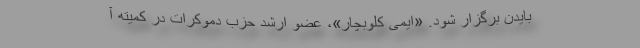
بایدن برگزار شود. «ایمی کلوبچار»، عضو ارشد حزب دموکرات در کمیته آ